Indian journal of veterinary science and animal husbandry - Volumes 18-21, 1948-1951
Year: 1948
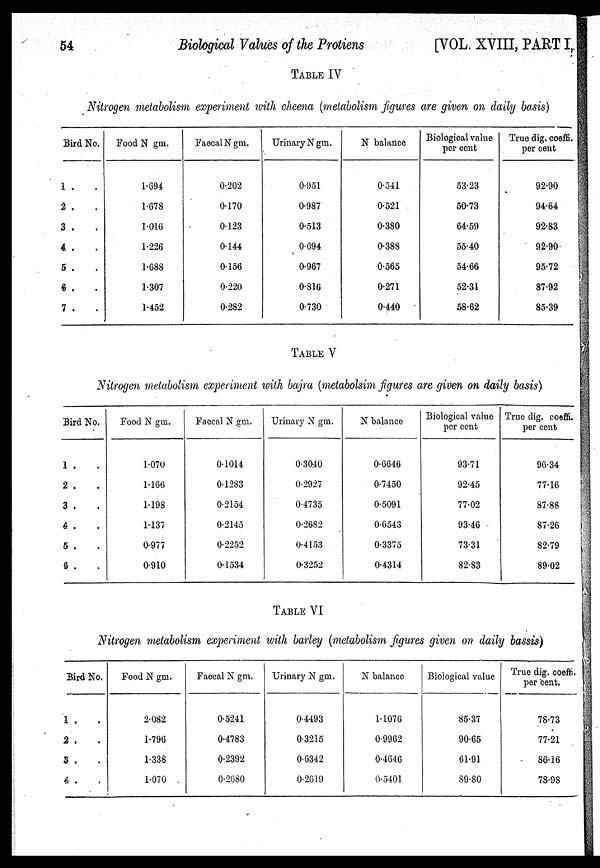
54
Biological Values of the Protiens
[VOL. XVIII, PART I,
TABLE IV
Nitrogen metabolism experiment with cheena (metabolism figures are given on daily basis)
Bird No.
1 . .
2 . .
3 . .
4 . .
5 . .
6 . .
7 . .
Food N gm.
1.694
1.678
1.016
1.226
1.688
1.307
1.452
Faecal N gm.
0.202
0.170
0.123
0.144
0.156
0.220
0.282
Urinary N gm.
0.951
0.987
0.513
0.694
0.967
0.816
0.730
N balance
0.541
0.521
0.380
0.388
0.565
0.271
0.440
Biological value
per cent
53.23
50.73
64.59
55.40
54.66
52.31
58.62
True dig. coeffi
per cent
92.90
94.64
92.83
92.90
95.72
87.92
85.39
TABLE V
Nitrogen metabolism experiment with bajra (metabolsim figures are given on daily basis)
Bird No.
1 . .
2 . .
3 . .
4 . .
5 . .
6 . .
Food N gm.
1.070
1.166
1.198
1.137
0.977
0.910
Faecal N gm.
0.1014
0.1283
0.2154
0.2145
0.2252
0.1534
Urinary N gm.
0.3040
0.2927
0.4735
0.2682
0.4153
0.3252
N balance
0.6646
0.7450
0.5091
0.6543
0.3375
0.4314
Biological value
per cent.
93.71
92.45
77.02
93.46
73.31
82.83
True dig. coeffi.
per cent
96.34
77.16
87.88
87.26
82.79
89.02
TABLE VI
Nitrogen metabolism experiment with barley (metabolism figures given on daily bassis)
Bird No.
1 . .
2 . .
3 . .
4 . .
Food N gm.
2.082
1.796
1.338
1.070
Faecal N gm.
0.5241
0.4783
0.2392
0.2680
Urinary N gm.
0.4493
0.3215
0.6342
0.2619
N balance
1.1076
0.9962
0.4646
0.5401
Biological value
85.37
90.65
61.91
89.80
True dig. coeffi.
per cent.
78.73
77.21
86.16
78.98